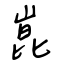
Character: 崑